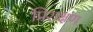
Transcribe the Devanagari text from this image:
प्रिशक्षण